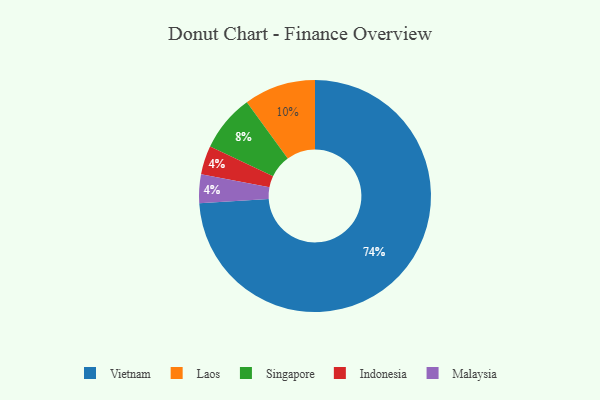
{"axis": {"x": "Category", "y": "Percentage"}, "legend": ["Indonesia", "Laos", "Malaysia", "Singapore", "Vietnam"], "data": [{"x": "Indonesia", "y": 4, "type": "Indonesia"}, {"x": "Malaysia", "y": 4, "type": "Malaysia"}, {"x": "Singapore", "y": 8, "type": "Singapore"}, {"x": "Vietnam", "y": 74, "type": "Vietnam"}, {"x": "Laos", "y": 10, "type": "Laos"}]}